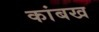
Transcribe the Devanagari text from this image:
कांबख